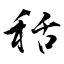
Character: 秳